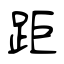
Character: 距